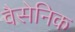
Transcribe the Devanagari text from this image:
वैसेनिक